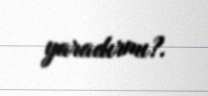
yaradırmı?.